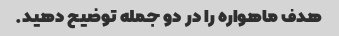
هدف ماهواره را در دو جمله توضیح دهید.